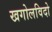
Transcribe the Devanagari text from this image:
खगोलविदो